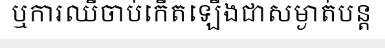
ឬការឈឺចាប់កើតឡើងជាសម្ងាត់បន្ត